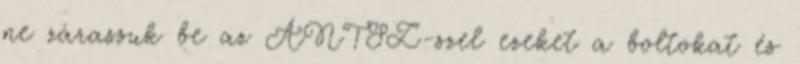
ne zárassuk be az ÁNTSZ-szel ezeket a boltokat és